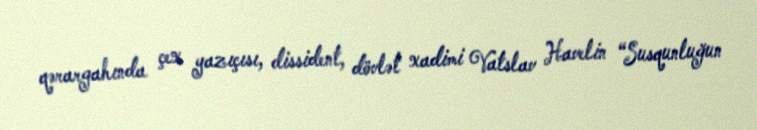
qərargahında çex yazıçısı, dissident, dövlət xadimi Vatslav Havelin “Susqunluğun